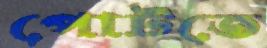
পোটতে